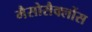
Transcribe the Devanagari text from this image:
मैसोसैक्लोंस